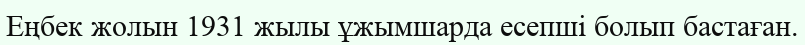
Еңбек жолын 1931 жылы ұжымшарда есепші болып бастаған.